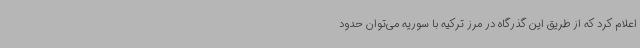
اعلام کرد که از طریق این گذرگاه در مرز ترکیه با سوریه می‌توان حدود